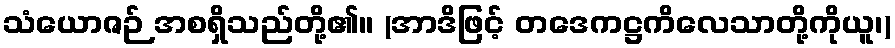
သံယောဇဉ် အစရှိသည်တို့၏။ (အာဒိဖြင့် တဒေကဋ္ဌကိလေသာတို့ကိုယူ၊)